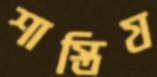
শাস্তিয